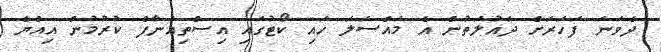
ދެވަނަ ފަހަރަށް ދައުލަތުން އެ މައްސަލަ ހައި ކޯޓުގައި އިސްތިއުނާފް ކުރުމުން އިއްޔެ